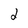
Character: 2